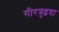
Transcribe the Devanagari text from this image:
गीरत्रुइदा